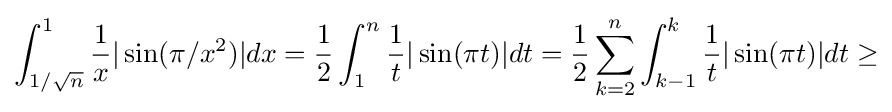
\int _{1/{\sqrt {n}}}^{1}{\frac {1}{x}}|\sin(\pi /x^{2})|dx={\frac {1}{2}}\int _{1}^{n}{\frac {1}{t}}|\sin(\pi t)|dt={\frac {1}{2}}\sum _{k=2}^{n}\int _{k-1}^{k}{\frac {1}{t}}|\sin(\pi t)|dt\geq